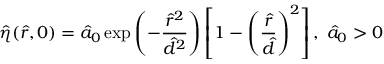
\hat { \eta } ( \hat { r } , 0 ) = \hat { a } _ { 0 } \exp \left( - \frac { \hat { r } ^ { 2 } } { \hat { d } ^ { 2 } } \right) \left[ 1 - \left( \frac { \hat { r } } { \hat { d } } \right) ^ { 2 } \right] , \; \hat { a } _ { 0 } > 0